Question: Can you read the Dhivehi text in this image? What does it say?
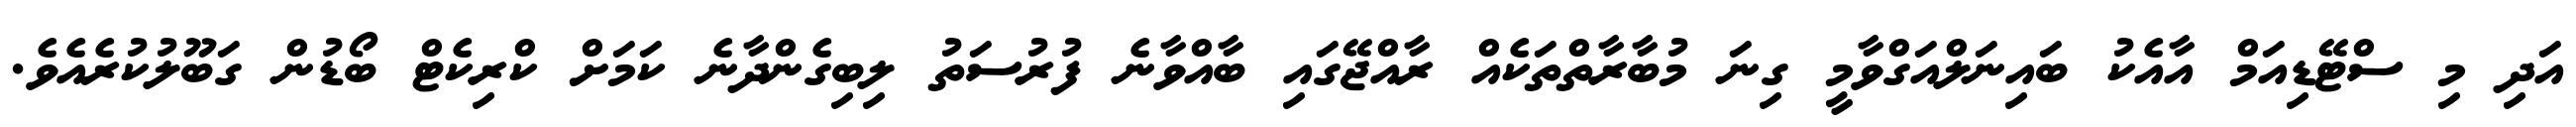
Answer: އަދި މި ސްޓޭޑިއަމް އާއެކު ބައިނަލްއަގްވާމީ ގިނަ މުބާރާތްތަކެއް ރާއްޖޭގައި ބާއްވާނެ ފުރުސަތު ލިބިގެންދާނެ ކަމަށް ކްރިކެޓް ބޯޑުން ގަބޫލުކުރެއެވެ.